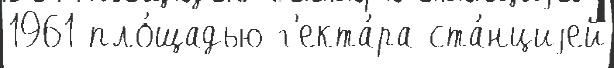
1961 пло́щадью г'екта́ра ста́нциjей